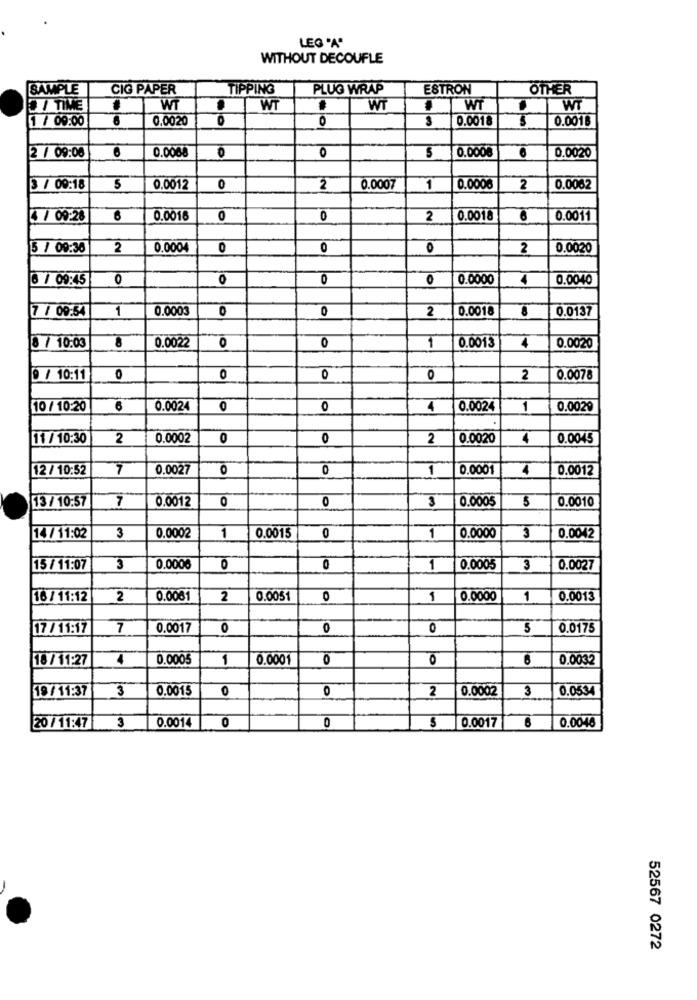
LEG "A"
WITHOUT DECOUFLE
SAMPLE
CIG PAPER
TIPPING
PLUG WRAP
ESTRON
OTHER
/ TIME
WT
WT
WT
T WI
WT
1 / 09:00
8
0.0020
0
0.0018
0.0018
6
0
0.000€
0.0020
2 / 09:08
0.0008
3 / 09:18
5
0.0012
0
2
0.0007
1
0.000€
2
0.0062
4 /09:28
0.0016
0
0
2
0.0018
6
0.0011
5 / 09:36
2
0.0004
0
0
O
2
0.0020
6 / 09:45
0
10
O
0
0.0000
0.0040
7 / 09:54
1
0.0003
0
0
2
0.0018
0.0137
8
0.0022
0.0013
4
8 / 10:03
0
0
1
0.0020
9 / 10:11
0
0
0
0
2
0.0078
10 / 10:20
0.0024
0
0
4
0.0024
1
0.0029
.
11 / 10:30
2
0.0002
0
0
2
0.0020
0.0045
12 / 10:52
7
0.0027
0
0
1
0.0001
4
0.0012
7
0.0012
0
0
3
0.0005
0.0010
13 / 10:57
14/ 11:02
3
0.0002
1
0.0015
0
1
0.0000
3
0.0042
15 / 11:07
3
0.0006
0
0
1
0.0005
3
0.0027
16 / 11:12
2
0.0061
2
0.0051
O
1
0.0000
1
0.0013
17 / 11:17
7
0.0017
0
0
0
5
0.0175
18/ 11:27
4
0.0005
1
0.0001
0
0
0.0032
19/ 11:37
3
0.0015
0
2
0.0002
3
0.0534
O
3
0.0014
0
0.0017
0.0046
20/11:477
0
6
52567 0272